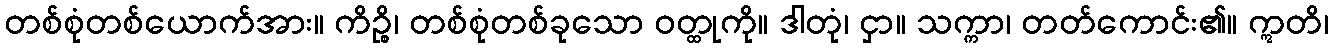
တစ်စုံတစ်ယောက်အား။ ကိဉ္စိ၊ တစ်စုံတစ်ခုသော ဝတ္ထုကို။ ဒါတုံ၊ ငှာ။ သက္ကာ၊ တတ်ကောင်း၏။ ဣတိ၊